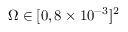
\Omega \in [ 0 , 8 \times 1 0 ^ { - 3 } ] ^ { 2 }